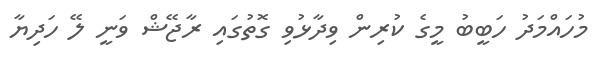
މުހައްމަދު ހަބީބު މީގެ ކުރިން ވިދާޅުވި ގޮތުގައި ރާޖޭޝް ވަނީ ލޭ ހަދިޔާ